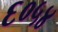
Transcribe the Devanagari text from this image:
६०५४